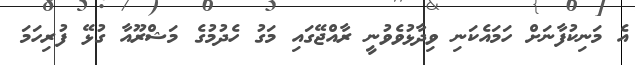
އެ މަނިކުފާނަށް ހަމައެކަނި ވިދާޅުވެވުނީ ރާއްޖޭގައި މަގު ހެދުމުގެ މަޝްރޫއާ ގުޅޭ ފުރިހަމަ